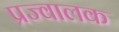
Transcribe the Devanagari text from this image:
प्रज्वालक